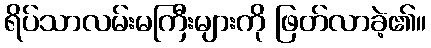
ရိပ်သာလမ်းမကြီးများကို ဖြတ်လာခဲ့၏။